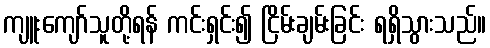
ကျူးကျော်သူတို့ရန် ကင်းရှင်း၍ ငြိမ်းချမ်းခြင်း ရရှိသွားသည်။